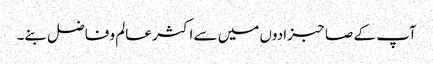
آپ کے صاحبزادوں میں سے اکثر عالم و فاضل بنے۔